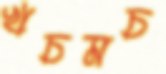
খচমচ